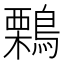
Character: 鷅